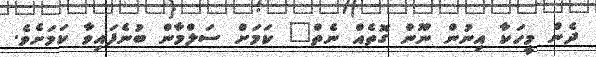
ދެން މީހަކާ އިނުން ނޫން ގޮތެއް ނެތް" ކަމަށް ސަލްމާން ބުނެފައިވާ ކަމަށެވެ.